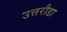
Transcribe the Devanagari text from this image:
उत्तरौडा